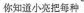
你知道小亮把每种